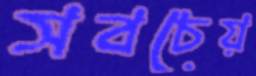
সবচেয়